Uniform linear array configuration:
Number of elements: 24
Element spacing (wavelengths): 1
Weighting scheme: uniform
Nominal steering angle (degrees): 0
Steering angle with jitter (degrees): -1.517
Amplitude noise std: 0.05
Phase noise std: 0.05

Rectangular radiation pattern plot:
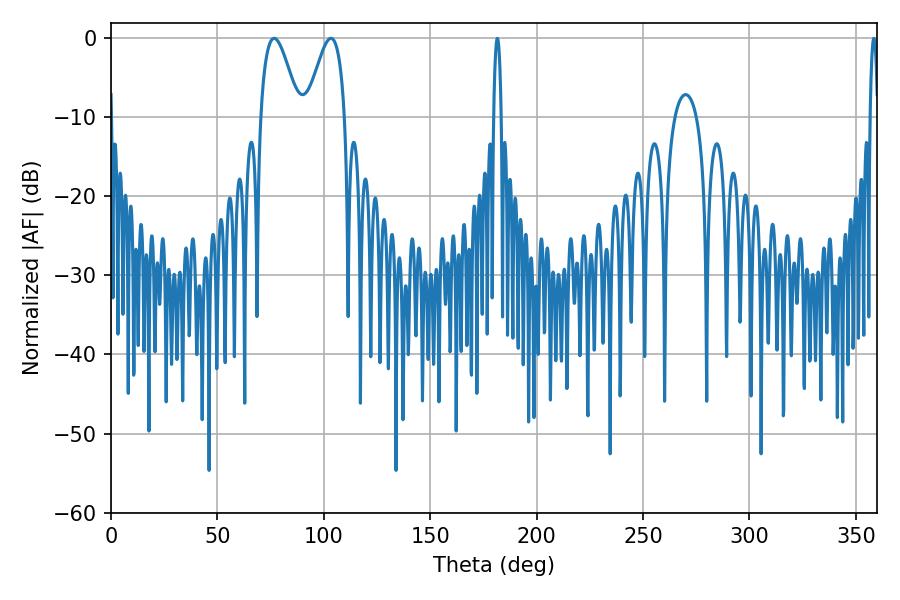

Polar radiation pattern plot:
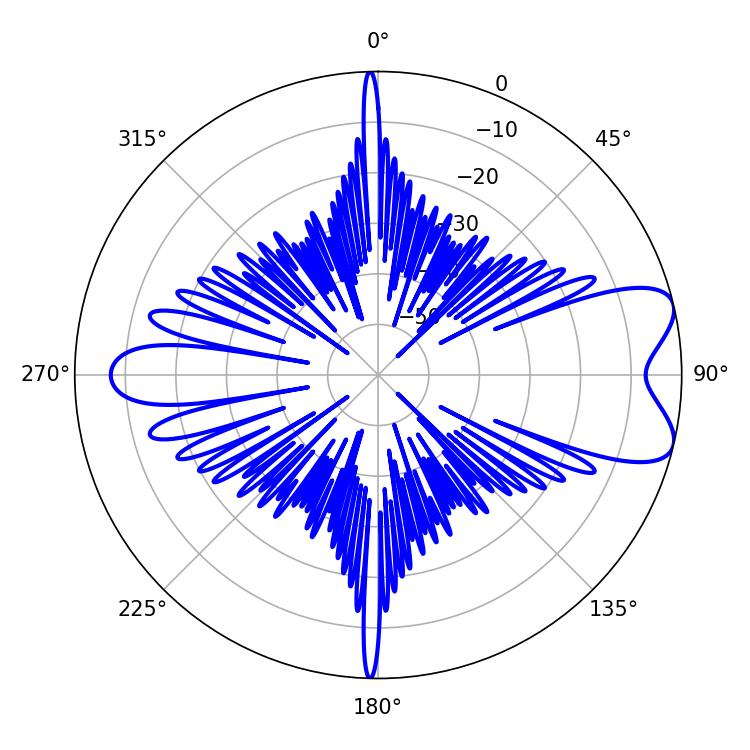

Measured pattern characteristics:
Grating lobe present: TRUE
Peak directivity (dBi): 7.855
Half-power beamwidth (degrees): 9.72
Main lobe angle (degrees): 76.68